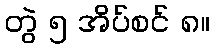
တွဲ ၅ အိပ်စင် ၈။